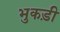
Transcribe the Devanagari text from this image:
भुकड़ी